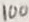
Text: 100